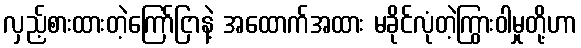
လှည့်စားထားတဲ့ကြော်ငြာနဲ့ အထောက်အထား မခိုင်လုံတဲ့ကြွားဝါမှုတို့ဟာ